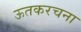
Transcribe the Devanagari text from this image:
ऊतकरचना